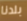
بلدنا